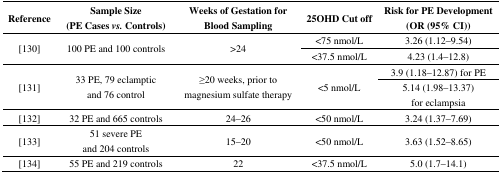
<table><thead><tr><td><b>Reference</b></td><td><b>Sample Size (PE Cases <i>vs.</i> Controls)</b></td><td><b>Weeks of Gestation for Blood Sampling</b></td><td><b>25OHD Cut off</b></td><td><b>Risk for PE Development (OR (95% CI))</b></td></tr></thead><tbody><tr><td rowspan="2">[130]</td><td rowspan="2">100 PE and 100 controls</td><td rowspan="2">&gt;24</td><td>&lt;75 nmol/L</td><td>3.26 (1.12–9.54)</td></tr><tr><td>&lt;37.5 nmol/L</td><td>4.23 (1.4–12.8)</td></tr><tr><td rowspan="2">[131]</td><td rowspan="2">33 PE, 79 eclamptic and 76 control</td><td rowspan="2">≥ 20 weeks, prior to magnesium sulfate therapy</td><td rowspan="2">&lt;5 nmol/L</td><td>3.9 (1.18–12.87) for PE</td></tr><tr><td>5.14 (1.98–13.37) for eclampsia</td></tr><tr><td>[132]</td><td>32 PE and 665 controls</td><td>24–26</td><td>&lt;50 nmol/L</td><td>3.24 (1.37–7.69)</td></tr><tr><td>[133]</td><td>51 severe PE and 204 controls</td><td>15–20</td><td>&lt;50 nmol/L</td><td>3.63 (1.52–8.65)</td></tr><tr><td>[134] </td><td>55 PE and 219 controls</td><td>22</td><td>&lt;37.5 nmol/L</td><td>5.0 (1.7–14.1)</td></tr></tbody></table>